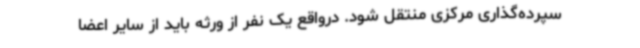
سپرده‌گذاری مرکزی منتقل شود. درواقع یک نفر از ورثه باید از سایر اعضا